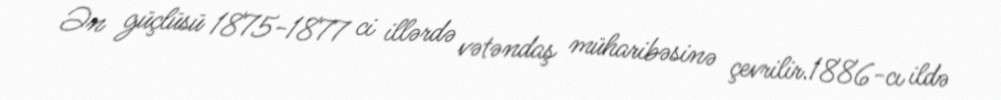
Ən güçlüsü 1875-1877 ci illərdə vətəndaş müharibəsinə çevrilir.1886-cı ildə